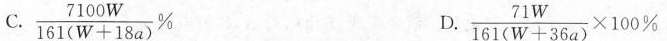
C. $$\frac { 7 1 0 0 W } { 1 6 1 ( W + 1 8 a ) } %$$ D. $$\ f r a c { 7 1 W } { 1 6 1 ( W + 3 6 a ) }\times 1 0 0 %$$